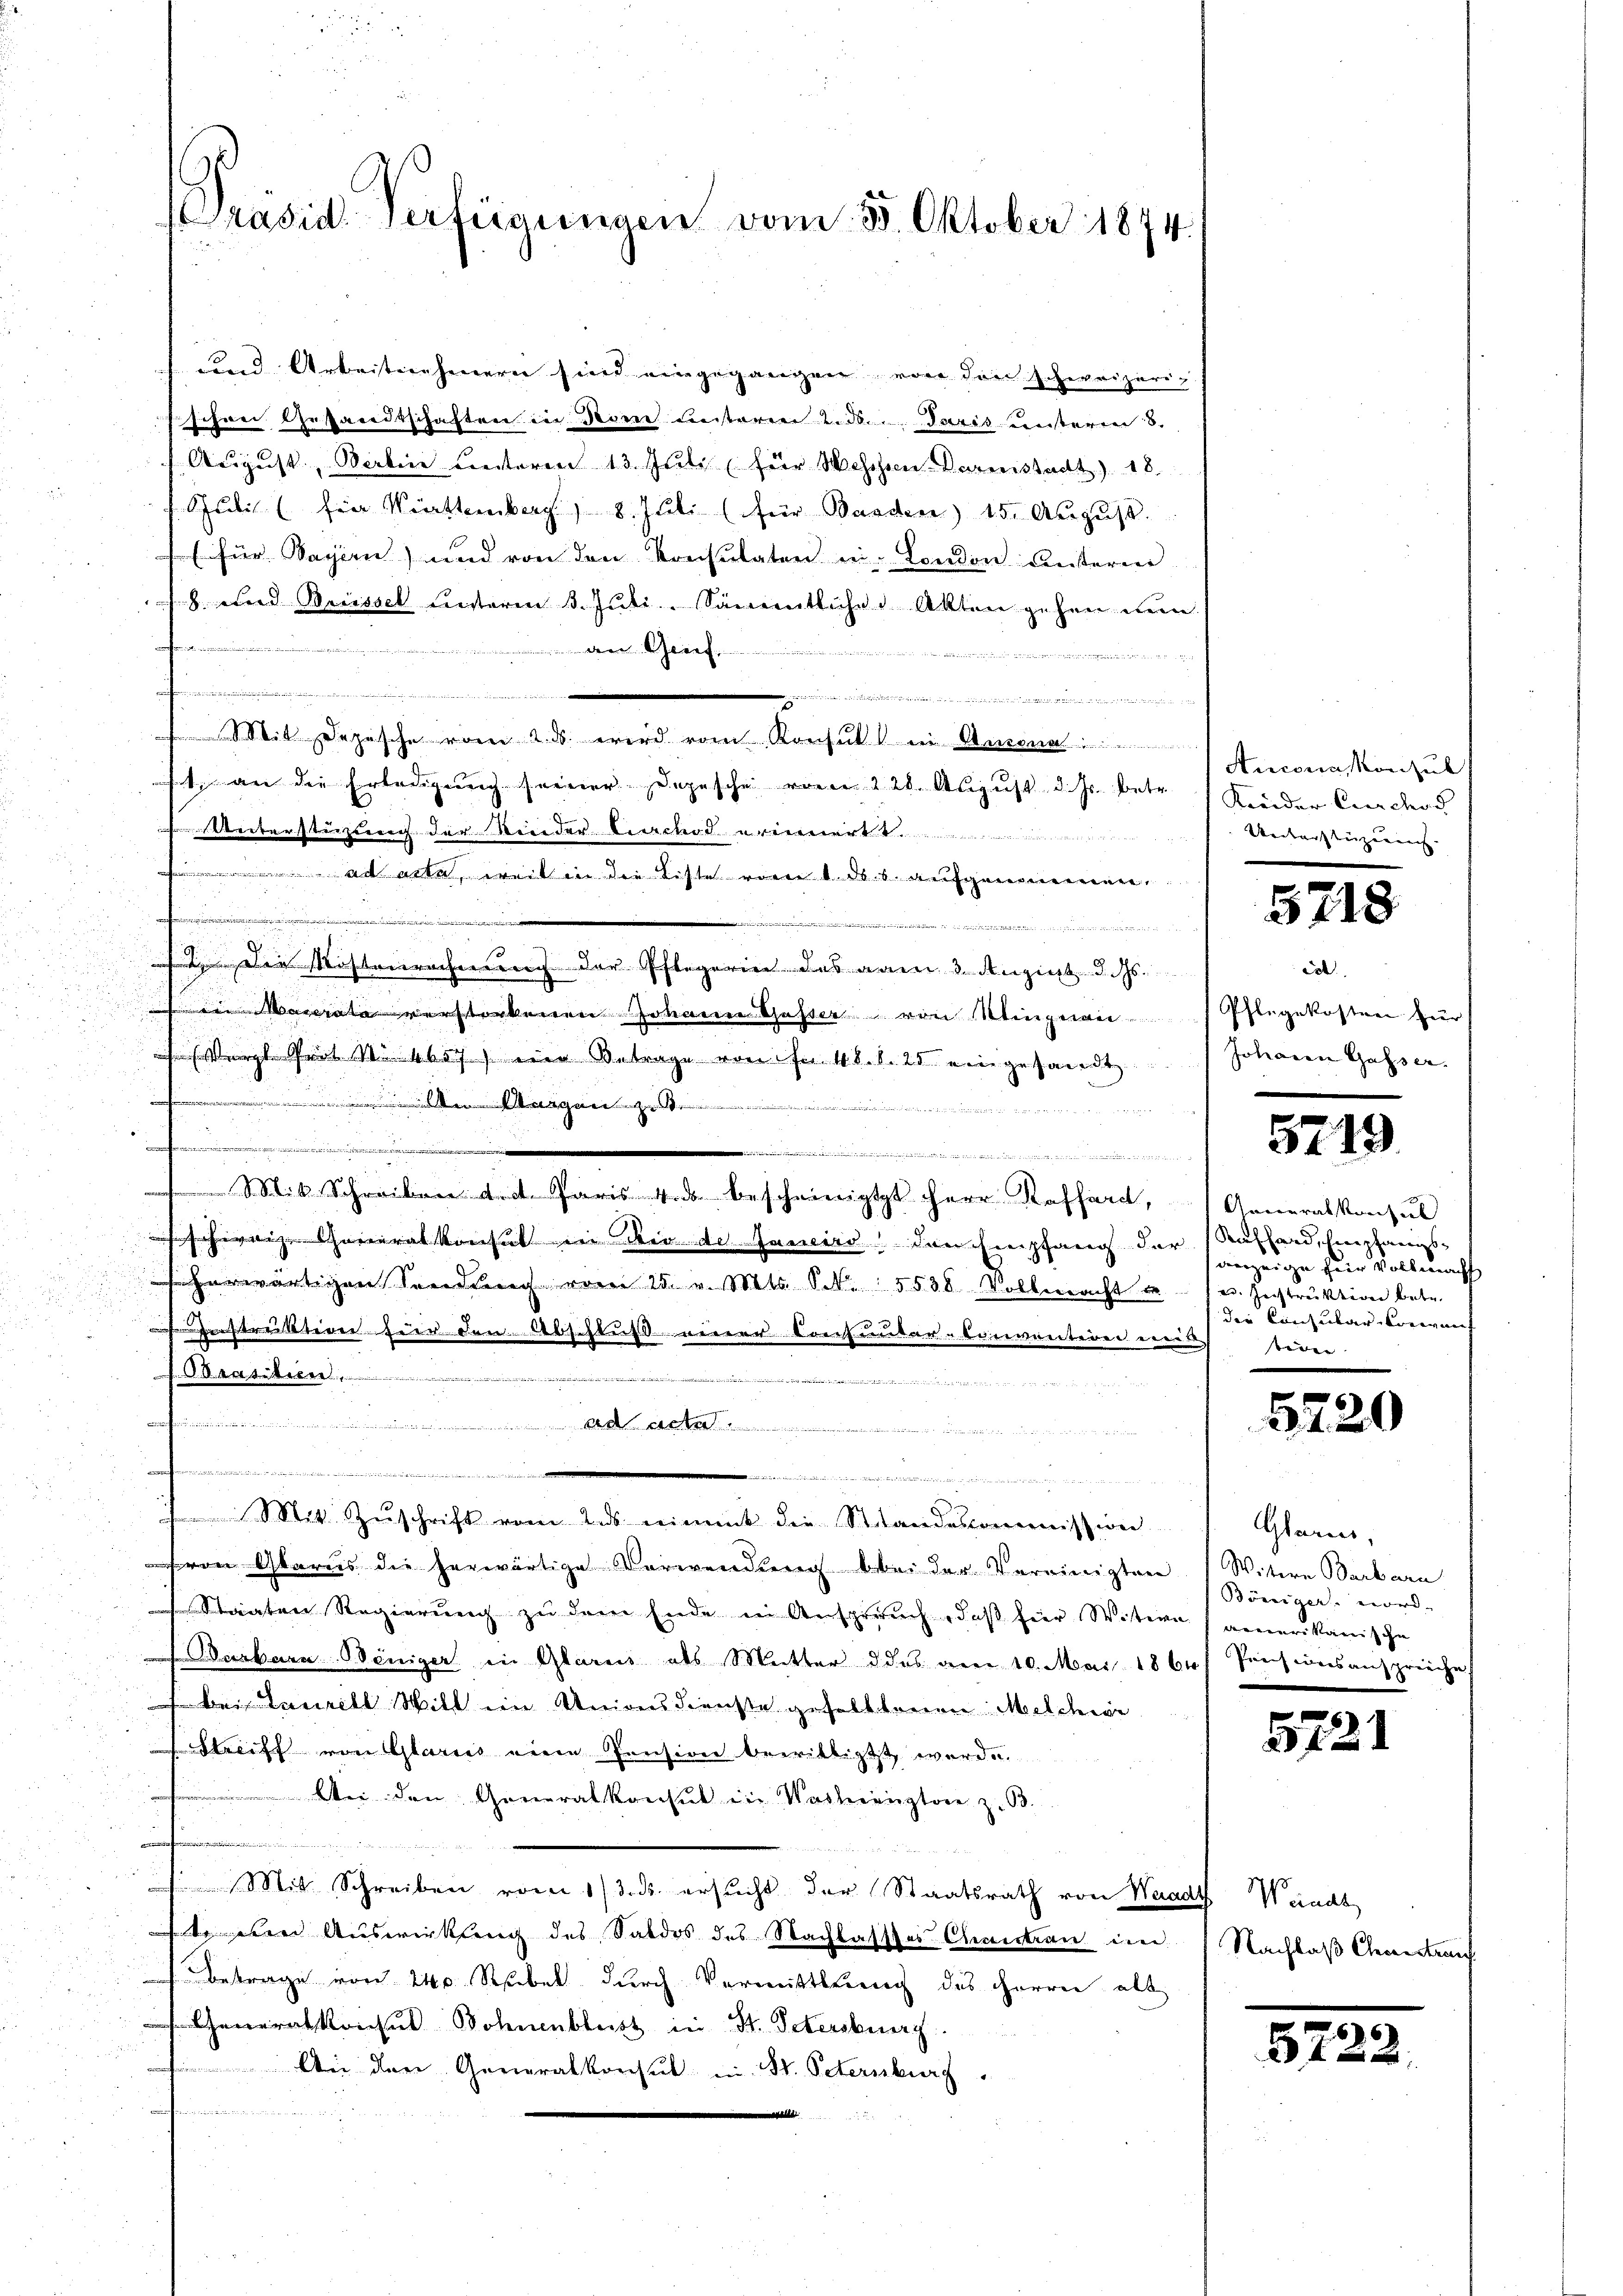
Präsid Verfügungen vom 30. Oktober 1874/

und Arbeitenheuerei sind eingegangen, von den schweizerischen Gesandtschaften in Rom unterien 2. d. Juris unterm 8.
August, Berlin unteren 13. Juli (für Waschen Darmstadt) 18
Schule (für Wittemberg) 8. Jul. (für Baaden 15. August.
für Vasen) und von den konsulaten in London Ansterm
h. und Berissel unterm 3. Juli. Sämmtliche Akten gehen wen
ohnziminum einerung
dem Geief,
Reicherheit einheiten
ifornimmten
n
.
Mit Depesche vom 2. d. wird vom Konsul in Amona
1. an die Erledigung seiner Depesche vom 120. August d. Js. betr. Kinder Carder
enversterzug der weder bescurs erinnert.
wesen ein welchen verwalte
ad acte, weil in die Liste vom 1. ds. s. aufgenommen,
e

ten die Kostenrechnung der Pflegerin des vom 3. August d. Js.
 in Monate verstorbenen Johann Gasser von Klingnau (Pflegekosten zŭr
 (Vergl. Prät. Neben Betrage von Fr. 48. d. 25 eingesandt
e
                      es er war, es der nicht
 Fitti
 ..........
Mit Schreiben tit. Paris 4. ds. bescheinigtt Herr Kafferd,
schierige Generalkonsul in in de Janeiro den Empfang der Auffand, Empfangsherwärtigen Sendung vom 25. v. Mts. S. 5538 Volleracht u. 1 u. Instruktion betr.
Dinstreiktion für den Abschluß einer Consunter-Convention einen beden
s. Obereiteren.
n 24. Ferie an de

emmen u. das am 19
 ist neben vernommen
e

Mit Zŭschrift vom das nimmt die Standesvermiswei
von Glarus die herwärtige Verwendung bei der Vereinigten
Staaten Regierung zu dem Ende in Anspruch, daß hier Witwe amerikanische
Barbara Beniger in Glarus als Mutter des vom 10. Mai 1864) Pensionsansprüche
bei Laurell Will ein Unionsdienste gefalltenen Melchior
Streiff von Glarus eine Pension bewilligt werde.
Wer den Generalkonsul in Washingtone z. B.
). Mit Schreiben vom 13. ds. ersucht der Staatsrath von Waadt Waadt
teten Auswirkung des Saldos des Nachlasses Chantran im Nachlaß Genertrau
Betrage von 240 Rubel durch Vermittlung des Herren alt
Generalkonsul Sohnenblust in St. Petersburg.
Aei der Generalkonsul in St. Peternburg

Ancona, Konsul
Ueckersteigenaus- |

5718

c.
Johann Gasser.

5719

Ancieralkonsul
anzeige für Vollmacht
die Consular-Corwarf

5220

Glarus,
Witere Barbarn
Böniger nord-

572

1

8193.